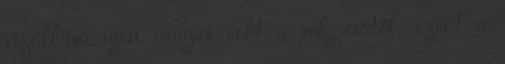
vízállása igen magas volt a sok esőtől, ezért a